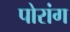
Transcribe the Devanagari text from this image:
पोरांग